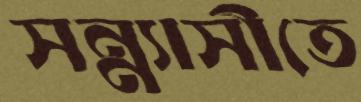
সন্ন্যাসীতে